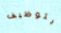
بتوظيف